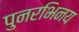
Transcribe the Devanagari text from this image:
पुनरभिनय